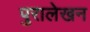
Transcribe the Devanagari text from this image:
पुरालेखन